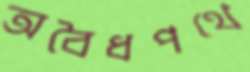
অবৈধপথে